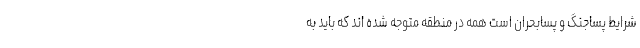
شرایط پساجنگ و پسابحران است همه در منطقه متوجه شده اند که باید به